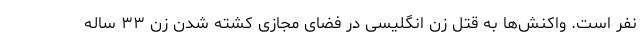
نفر است. واکنش‌ها به قتل زن انگلیسی در فضای مجازی کشته شدن زن ۳۳ ساله